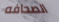
الصحافه